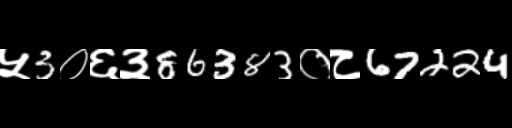
Text: ५3०६३86383०८67224